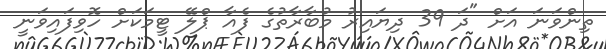
ތިންވަނަ އަށް "ދަ 39 ދިޔައިރު މުބާރާތުގެ ފެއާ ޕްލޭ ޓީމަކަށް ހޮވިފައިވަނީ